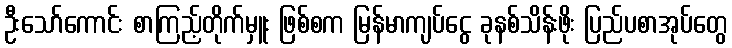
ဦးသော်ကောင်း စာကြည့်တိုက်မှူး ဖြစ်စက မြန်မာကျပ်ငွေ ခုနစ်သိန်းဖိုး ပြည်ပစာအုပ်တွေ